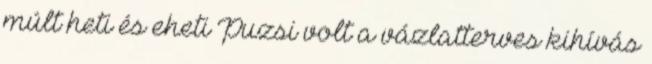
múlt heti és eheti Puzsi volt a vázlatterves kihívás